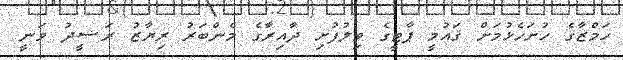
ހަމްޒާގެ ހުށަހެޅުމަށް ޤައުމީ ޕާޓީގެ ވިލުފުށި ދާއިރާގެ މެންބަރު ރިޔާޒު ރަޝީދު ވަނީ